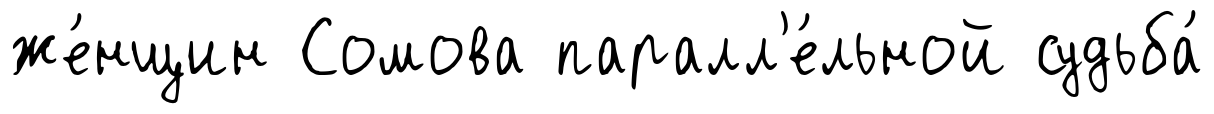
же́нщин Сомова паралл'е́льной судьба́